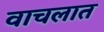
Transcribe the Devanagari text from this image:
वाचलात